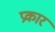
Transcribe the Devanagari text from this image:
प्रकार